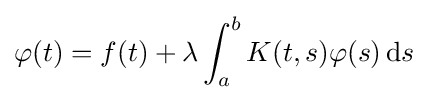
\varphi (t)=f(t)+\lambda \int _{a}^{b}K(t,s)\varphi (s)\,\mathrm {d} s